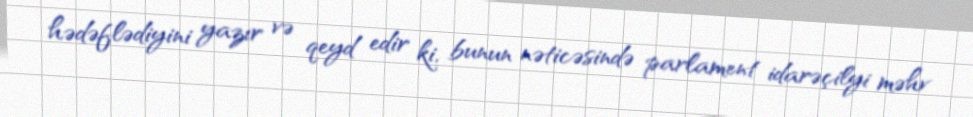
hədəflədiyini yazır və qeyd edir ki, bunun nəticəsində parlament idarəçilyi məhv